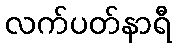
လက်ပတ်နာရီ